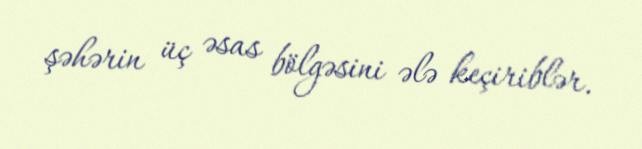
şəhərin üç əsas bölgəsini ələ keçiriblər.